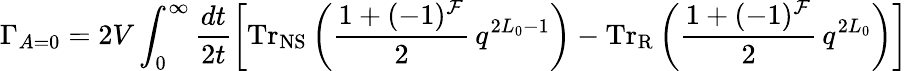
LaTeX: \Gamma_{A=0}=2V\int_{0}^{\infty}\frac{dt}{2t}\left[\mathrm{Tr}_{\mathrm{NS}}\left(\frac{1+(-1)^{\cal F}}{2}\, q^{2L_{0}-1}\right)-\mathrm{Tr}_{\mathrm{R}}\left(\frac{1+(-1)^{\cal F}}{2}\, q^{2L_{0}}\right)\right]